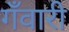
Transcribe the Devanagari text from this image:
गँवारी